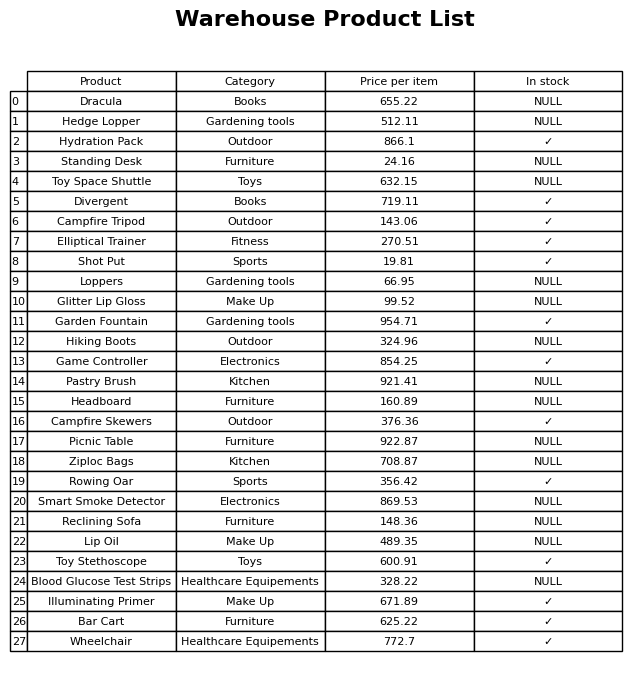
question: Is the Hiking Boots in stock?
answer: NULL